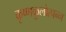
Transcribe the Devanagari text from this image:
कृष्णकुलोत्पन्न